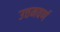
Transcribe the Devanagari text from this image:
उत्तमवर्ण